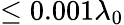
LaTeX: \le 0.001\lambda_{0}